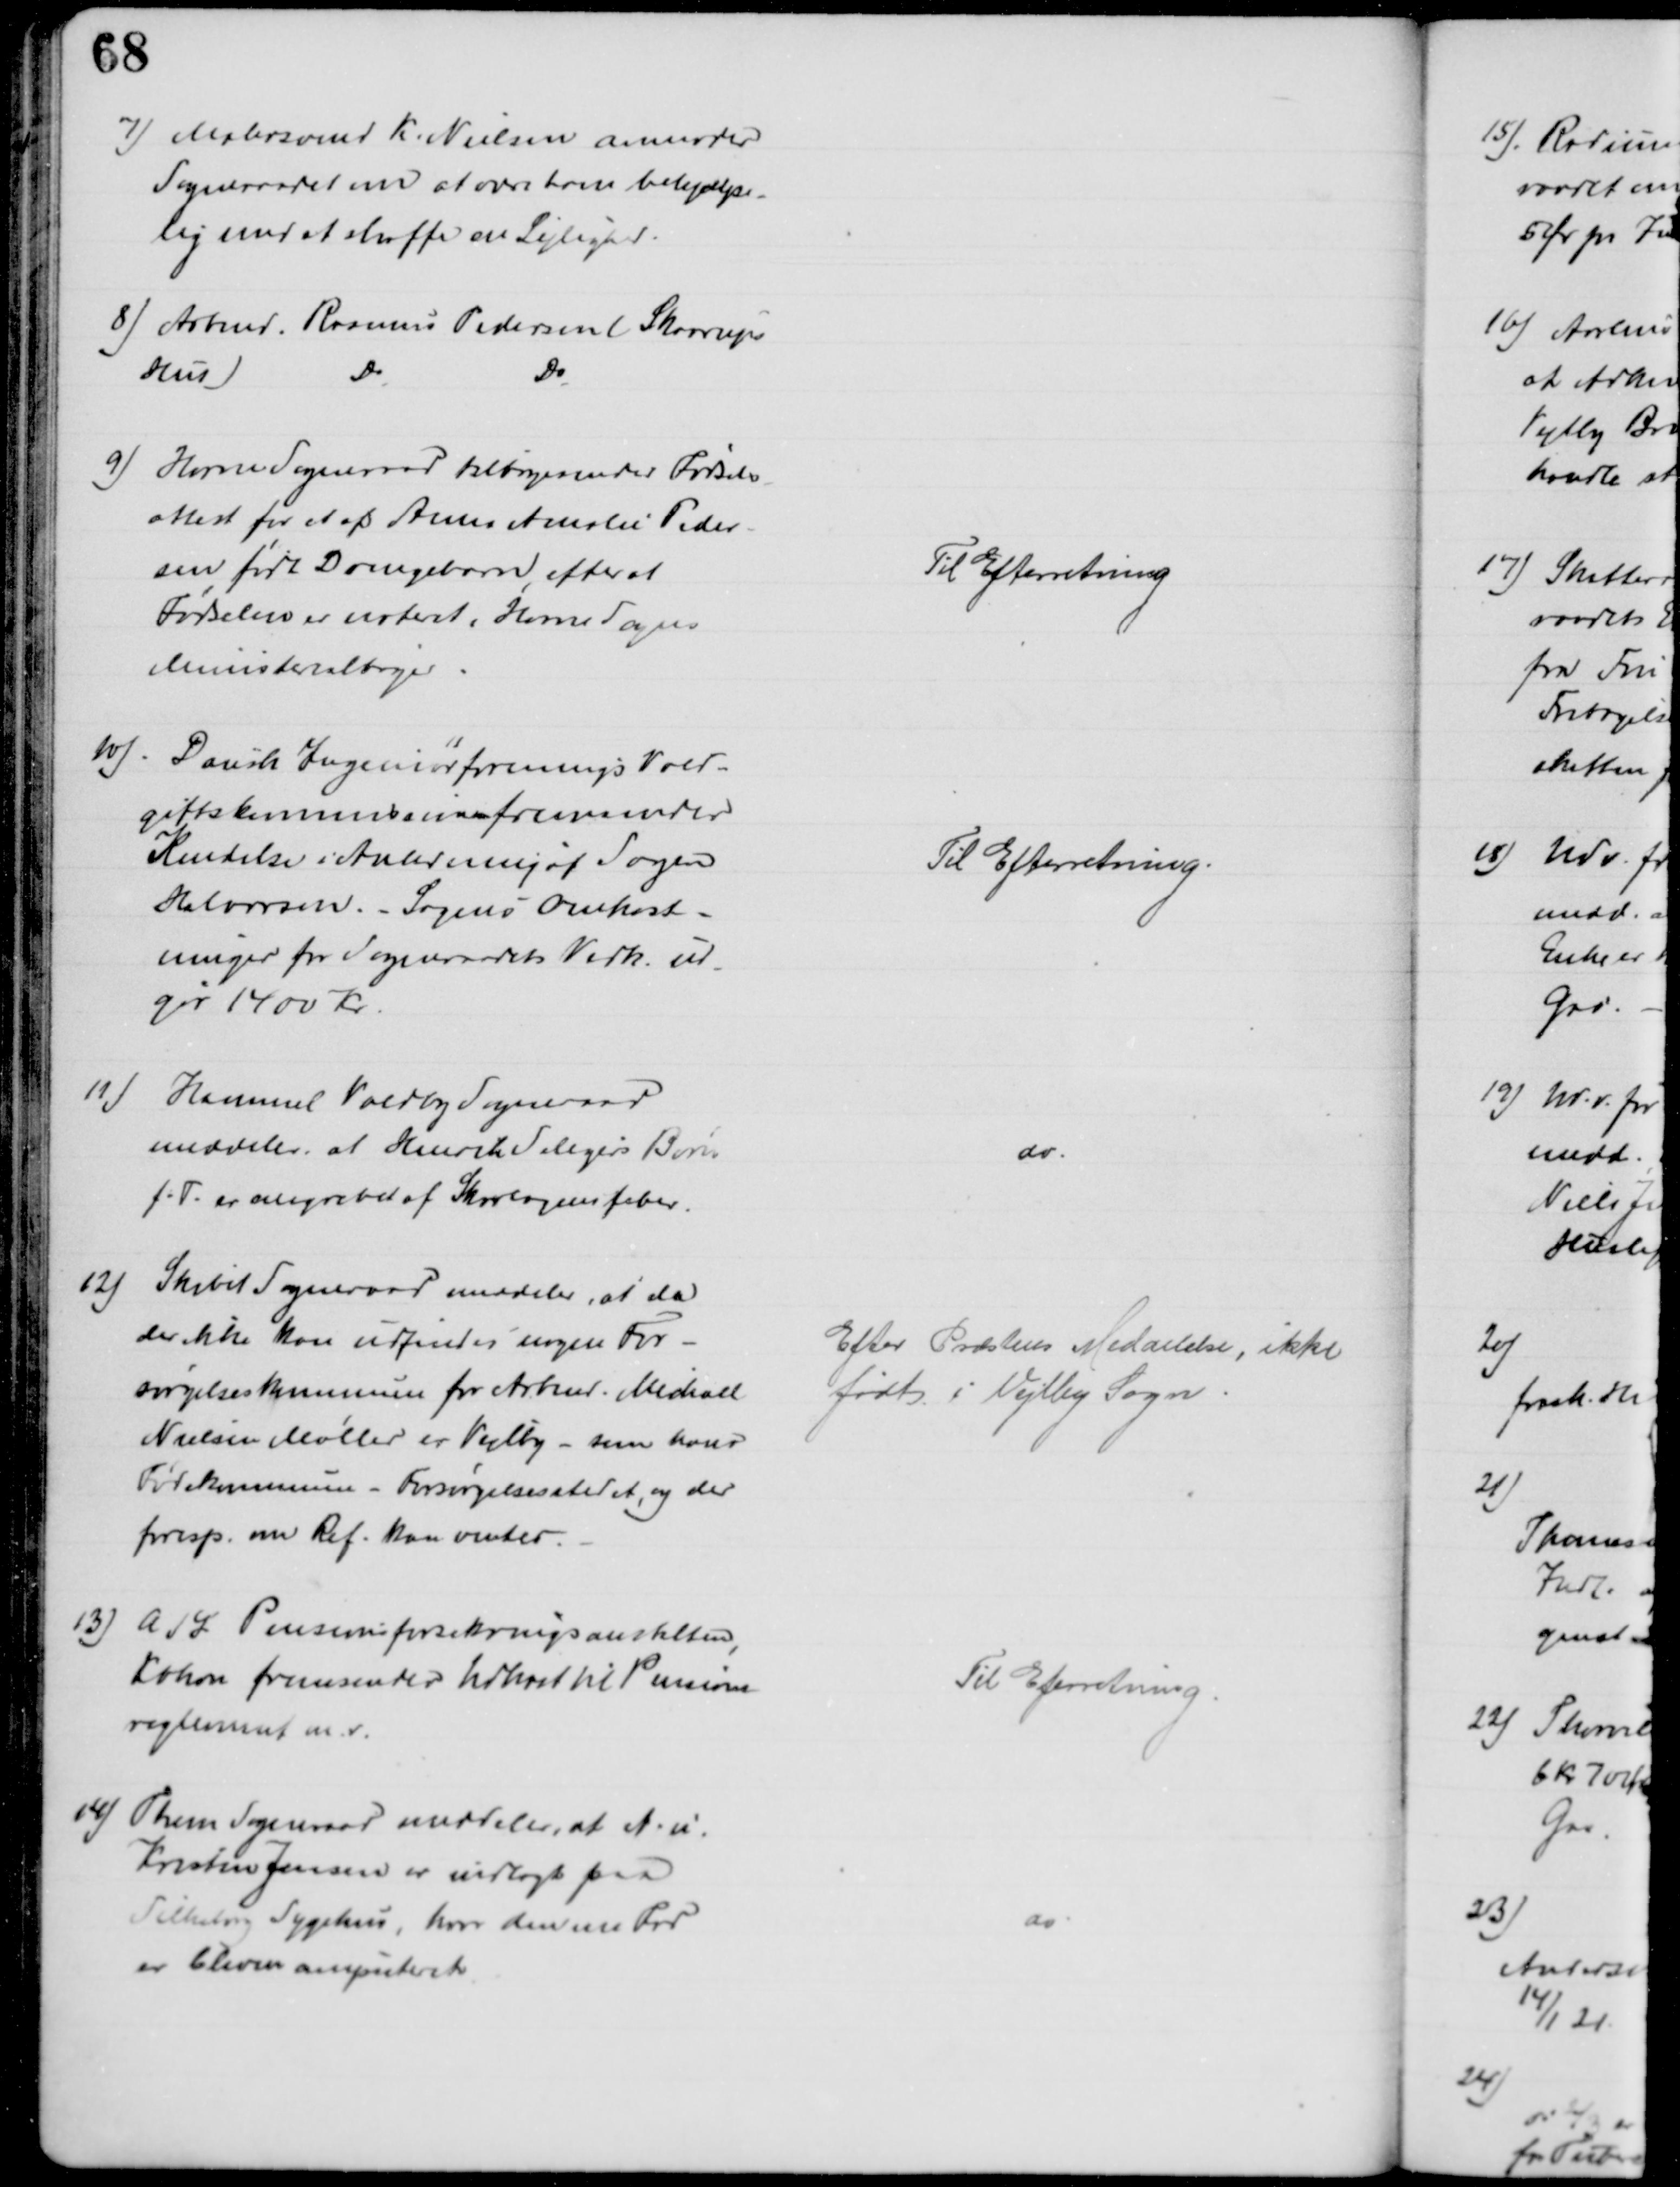
Transskription:
7) Malersvend K. Nielsen anmoder
Sogneraadet om at være ham behjælpe-
lig med at skaffe en Lejlighed.
8) Arbmd. Rasmus Pedersen (Skaarup
Hus
Do
Do
9) Horne Sogneraad tilbagesender Fødsels-
attest for et af Anna Amalie Peder-
sen født Drengebørn, efter at
Fødselen er noteret i Horne Sogns
Ministerialbøger
Til Efterretning
10)
Dansk Ingeniørforenings Vold-
giftskommision fremsender
Kendelse i Anledning af Sagen
Halvorsen. - Sagens Omkost-
ninger for Sogneraadets Vedk. ud
gør 1400 Kr
Til Efterretning.
11) Hammel Voldby Sogneraad
meddeler at Henrik Seligers Børn
f.T. er angrebet af Skarlagensfeber.
do
12)
Skibet Sogneraad meddeler, at da
der ikke kan udfindes nogen For-
sørgelseskommune for Arbmd. Michael
Nielsen Møller er Vejlby - som hans
Fødekommune - Forsørgelsesstedet, og der 
foresp. om Ref. kan ventes.
Efter Præstens Meddelelse, ikke
født i Vejlby Sogn
13) A/S Pensionsforsikringsanstalten,
Kokon fremsender Udkast til Pensions-
reglement m.v.
Til Efterretning
14) Them Sogneraad meddeler, at A. u.
Kristen Jensen er indlagt paa
Silkeborg Sygehus, hvor den ene Fod
er bleven amputeret
do